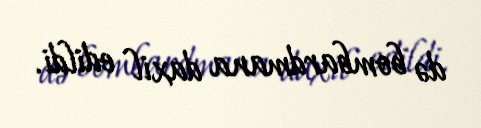
də bombardmana daxil edildi.